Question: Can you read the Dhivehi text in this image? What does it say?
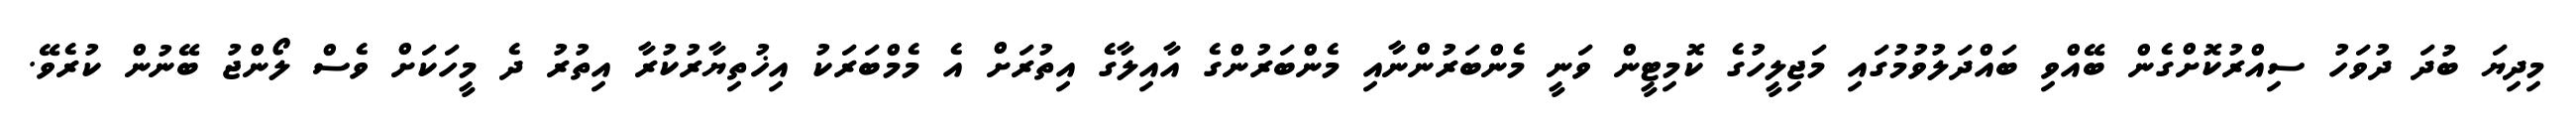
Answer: މިދިޔަ ބުދަ ދުވަހު ސިއްރުކޮށްގެން ބޭއްވި ބައްދަލުވުމުގައި މަޖިލީހުގެ ކޮމިޓީން ވަނީ މެންބަރުންނާއި މެންބަރުންގެ އާއިލާގެ އިތުރަށް އެ މެމްބަރަކު އިޚުތިޔާރުކުރާ އިތުރު ދެ މީހަކަށް ވެސް ލޯންޖު ބޭނުން ކުރެވޭ.